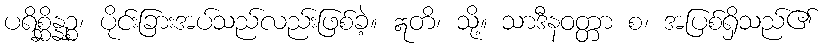
ပရိစ္ဆိန္နဉ္စ၊ ပိုင်းခြားအပ်သည်လည်းဖြစ်ခဲ့။ ဣတိ၊ သို့။ သာဒီနဝတ္တာ စ၊ အပြစ်ရှိသည်၏